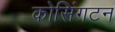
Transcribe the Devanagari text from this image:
कोसिंगटन